Bréfritari: Ragnheiður Daníelsdóttir
Viðtakandi: Daníel Halldórsson
Dagsetning: A-1887-03-03
Skrifað á: Reykjavík  Gull.
Ragnheiður var dóttir Daníels

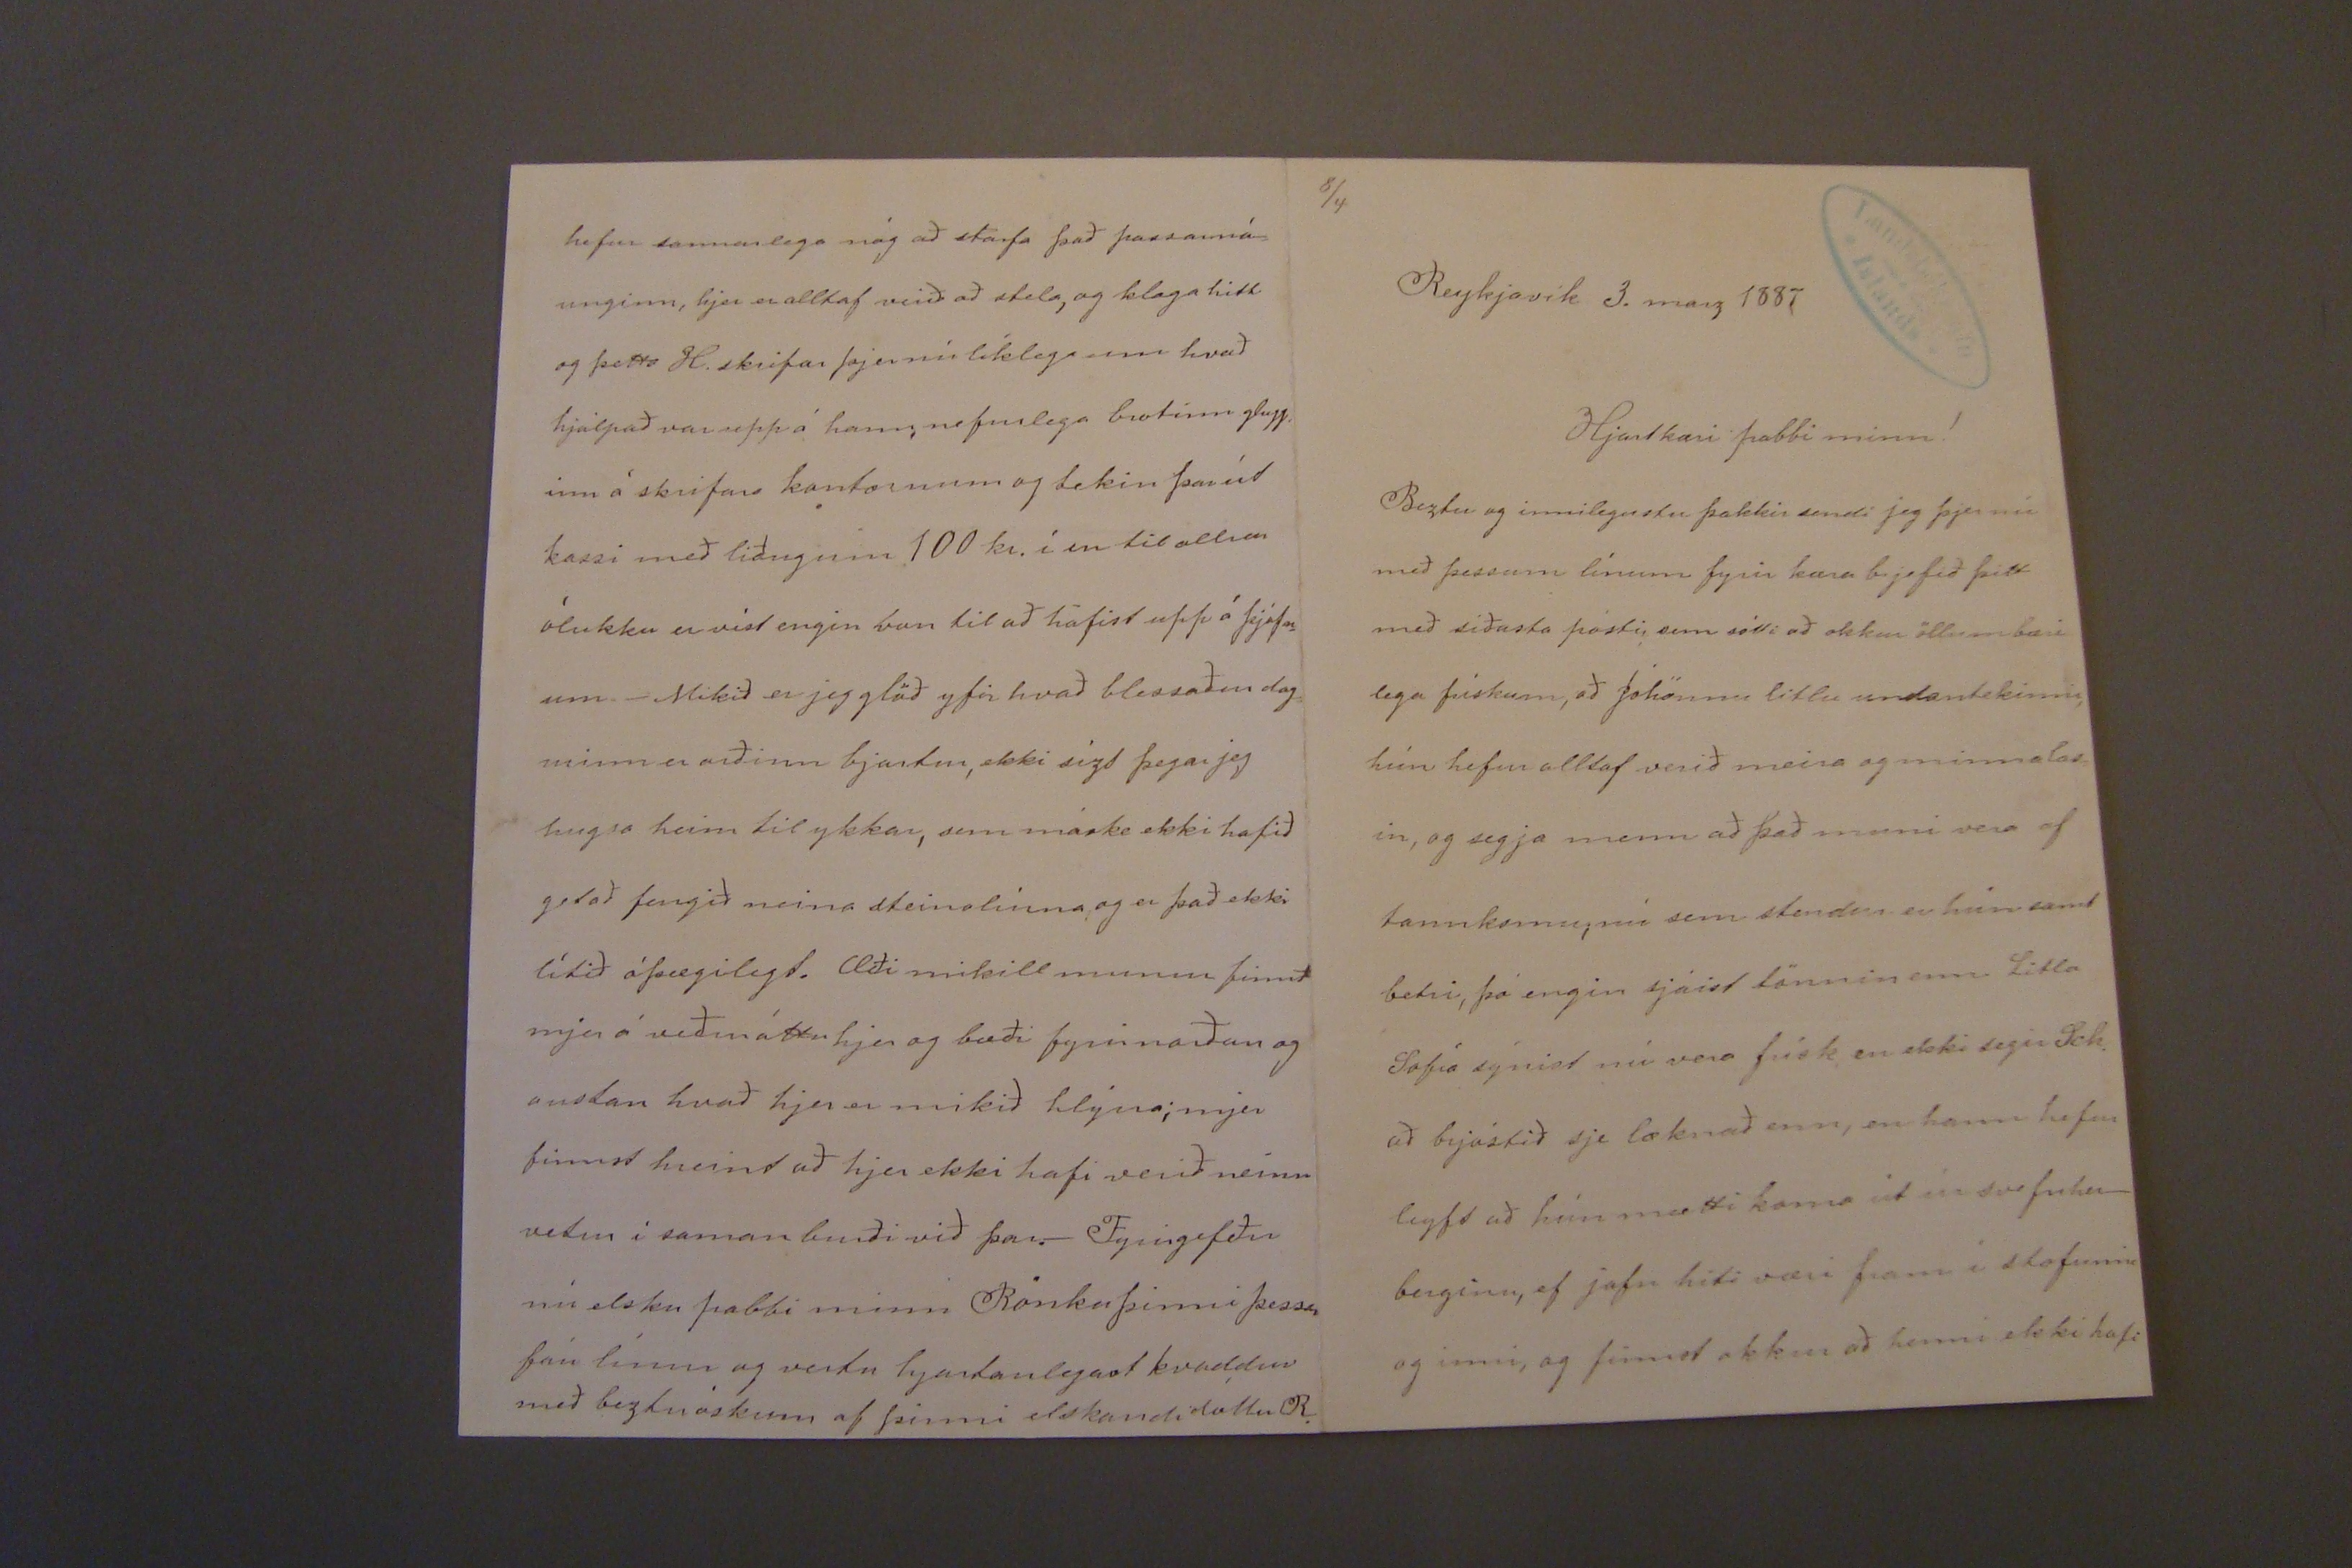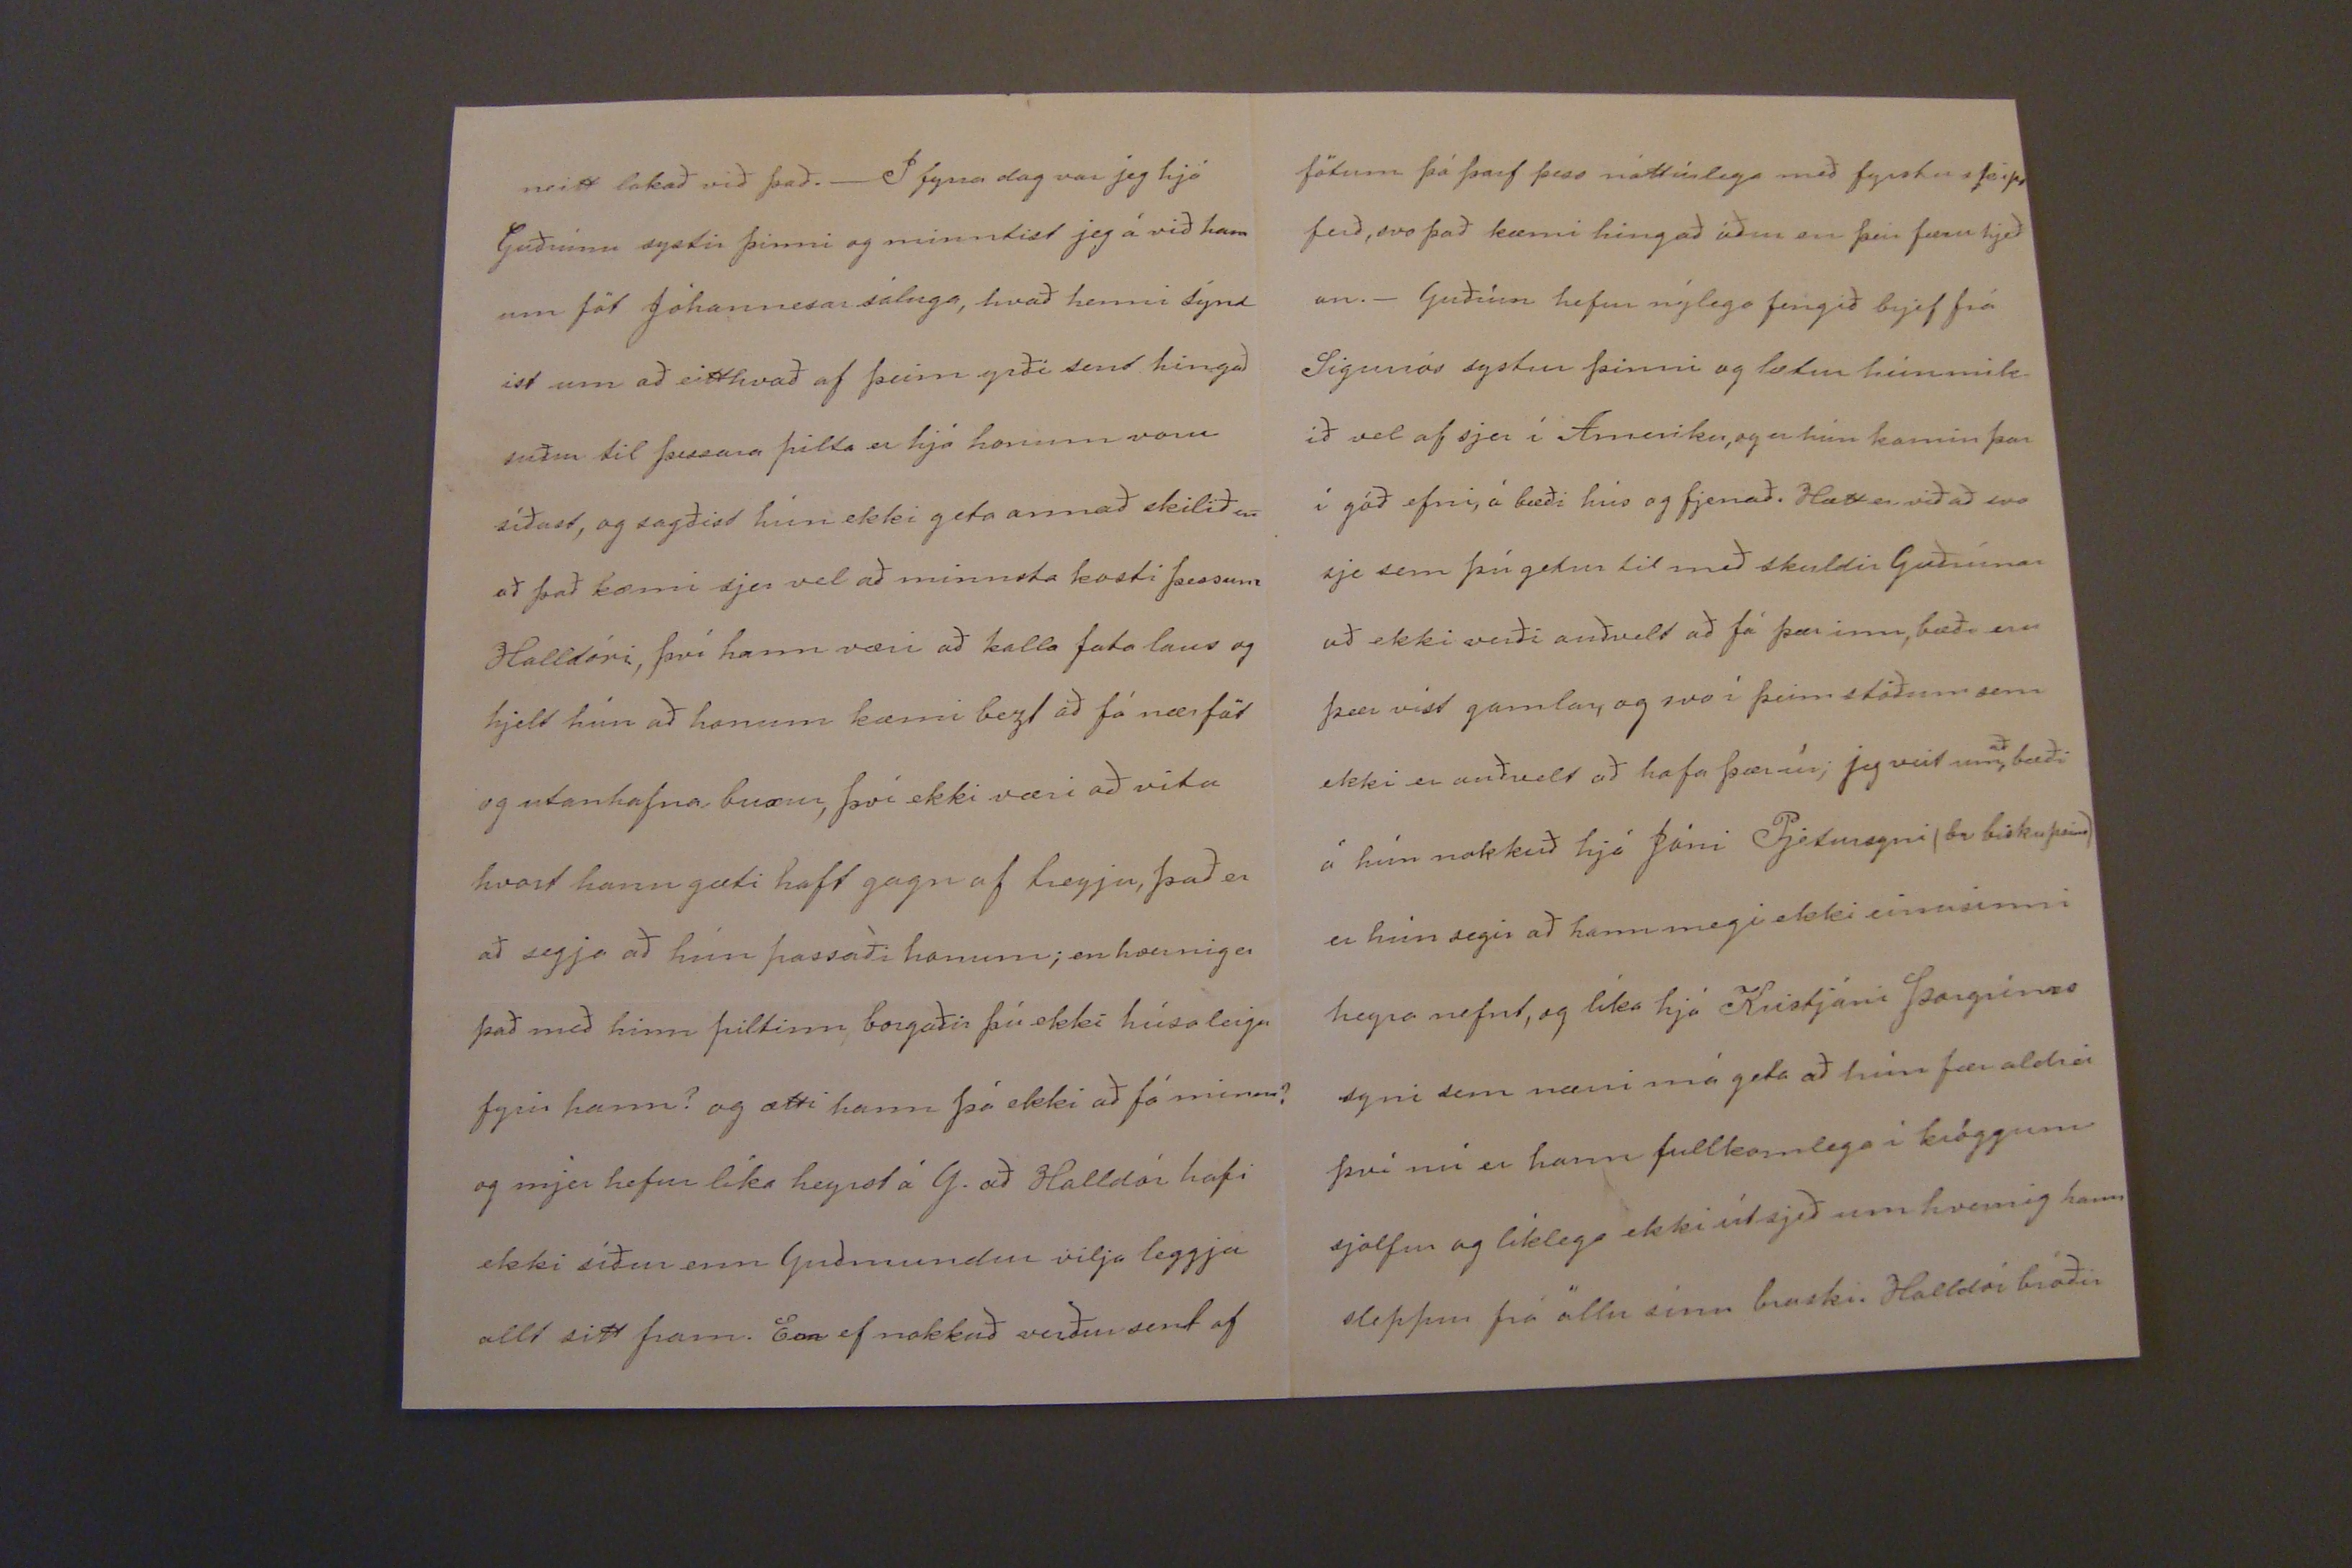

8/4
Reykjavík 3. marz 1887
Hjartkæri pabbi minn!
Beztu og innilegustu þakkir sendi jeg þjer nú með þessum línum fyrir kæra brjefið þitt með síðasta pósti, enn sótti að okkur öllum bæri lega frískum, að Jóhönnu litlu undantekinni hún hefur alltaf verið meira og minna las in, og segja menn að það muni vera af tannkomu, nú sem stendur er hún samt betri, þó engin sjáist tönnin enn Litla Sofía sýnist nú vera frísk, en ekki segir Sch. að brjóstið sje læknað enn, en hann hefur leyft að hún mætti koma út úr svefnher_ berginu, ef jafn hiti væri fram í stofunni og inni, og finnist okkur að henni ekki hafi
neitt lakað við það._ I fyrra dag var jeg hjá Guðrúnu systir þinni og minntist jeg á við hana um föt Jóhannesar sáluga, hvað henni sýnd ist um að eitthvað af þeim yrði sent hingað suður til þessara pilta er hjá honum voru síðast, og sagðist hún ekki geta annað skilið en að það kæmi sjer vel að minnsta kosti þessum Halldóri, því hann væri að kalla fata laus og hjelt hún að honum kæmi bezt að fá nærföt og utanhafnar buxur, því ekki væri að vita hvort hann gæti haft gagn af treyju, það er að segja að hún passaði honum; en hvernig er það með hinn piltinn borgaðir þú ekki húsaleigu fyrir hann? og ætti hann þá ekki að fá minn? og mjer hefur líka heyrst á G. að Halldór hafi ekki síður enn Guðmundur vilja leggja allt sitt fram. Enn ef nokkuð verður sent af
fötum þá þarf þess náttúrlega með fyrstu skips ferð, svo það kæmi hingað áður en þeir færu hjeð an._ Guðrún hefur nýlega fengið brjef frá Sigurrós systur þinni og lætur hún mik ið vel af sjer í Ameríku, og er hún komin þar í góð efni, á bæði hús og fjenað. Hætt er við að svo sje sem þú getur til með skuldir Guðrúnar að ekki verði auðvelt að fá þar inn, bæði eru þær víst gamlar, og svo í þeim stöðum sem ekki er auðvelt að hafa þær úr; jeg veit um
að
, bæði á hún nokkuð hjá Jóni Pjeturssyni (br biskupsins) er hún segir að hann megi ekki einusinni heyra nefnt, og líka hjá Kristjáni Þorgríms syni sem nærri má geta að hún fær aldrei því nú er hann fullkomlega í kröggum sjalfur og líklega ekki útsjeð um hvernig hann sleppur frá öllu sínu braski. Halldór bróðir
hefur sannarlega nóg að starfa það passarná= unginn, hjer er alltaf verið að stela, og klaga hitt og þetta H. skrifar þjer nú líklega um hvað hjálpað var upp á hann, nefnilega brotinn glugg inn á skrifars kontornum og tekin þar út kassi með liðugum 100 kr. í en til allrar ólukku er víst engin von til að hafist upp á þjófn_ um._ Mikið er jeg glöð yfir hvað blessaður dag= minn er orðinn bjartur, ekki sízt þegar jeg hugsa heim til ykkar, sem máske ekki hafið getað fengið neina steina
línna
og er það ekki lítið óþægilegt. Æði mikill munur finnst mjer á veður áttu hjer og bæði fyrir norðan og austan hvað hjer er mikið hlýrra; mjer finnst hreint að hjer ekki hafi verið neinn vetur í samanburði við þar._ Fyrirgefðu nú elsku pabbi minn Rönku þinni þessa fáu línur og vertu hjartanlegast kvaddur með beztu óskum af þinni elskandi dóttir R.